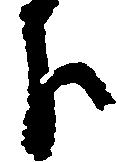
下